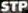
STP